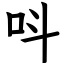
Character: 呌